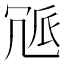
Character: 𠖒